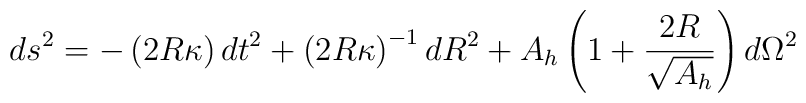
ds^2=-\left({2R\kappa}\right)dt^2+\left(2R\kappa\right)^{-1}dR^2+A_{h}\left(1+{2R\over\sqrt{A_{h}}}\right)d\Omega^2